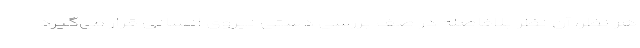
هر نظر، آن نظر بلافاصله در صف بررسی دستی نیروی انسانی قرار می‌گیرد